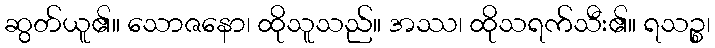
ဆွတ်ယူ၏။ သောဇနော၊ ထိုသူသည်။ အဿ၊ ထိုသရက်သီး၏။ ရသဉ္စ၊